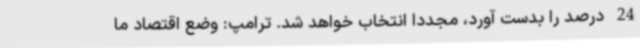
24 درصد را بدست آورد، مجددا انتخاب خواهد شد. ترامپ: وضع اقتصاد ما